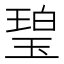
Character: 𤧥